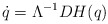
\begin{align*}\dot q = \Lambda^{-1}DH(q)\end{align*}